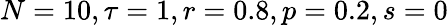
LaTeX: N=10,\tau=1,r=0.8,p=0.2,s=0